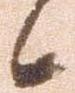
候